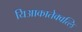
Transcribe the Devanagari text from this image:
यिआकातेक्वत्लि